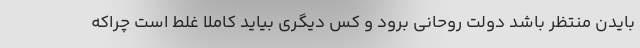
بایدن منتظر باشد دولت روحانی برود و کس دیگری بیاید کاملا غلط است چراکه